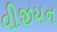
વીજીયન